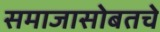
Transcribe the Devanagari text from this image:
समाजासोबतचे